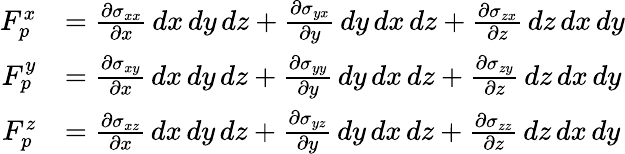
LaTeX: {\begin{array}{rl}{F_{p}^{x}}&{={\frac{\partial\sigma_{xx}}{\partial x}}\, dx\, dy\, dz+{\frac{\partial\sigma_{yx}}{\partial y}}\, dy\, dx\, dz+{\frac{\partial\sigma_{zx}}{\partial z}}\, dz\, dx\, dy}\\ {F_{p}^{y}}&{={\frac{\partial\sigma_{xy}}{\partial x}}\, dx\, dy\, dz+{\frac{\partial\sigma_{yy}}{\partial y}}\, dy\, dx\, dz+{\frac{\partial\sigma_{zy}}{\partial z}}\, dz\, dx\, dy}\\ {F_{p}^{z}}&{={\frac{\partial\sigma_{xz}}{\partial x}}\, dx\, dy\, dz+{\frac{\partial\sigma_{yz}}{\partial y}}\, dy\, dx\, dz+{\frac{\partial\sigma_{zz}}{\partial z}}\, dz\, dx\, dy{\vphantom{\begin{array}{l}\end{array}}}}\end{array}}